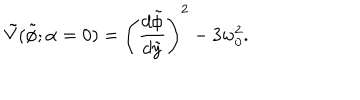
\tilde { V } ( \tilde { \phi } ; { \alpha = 0 } ) = \left( { \frac { d \tilde { \phi } } { d \tilde { y } } } \right) ^ { 2 } - 3 w _ { 0 } ^ { 2 } .